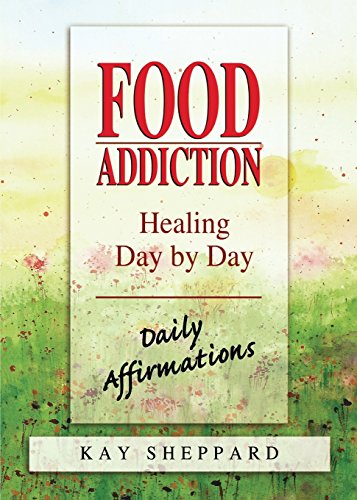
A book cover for Food Addiction: Healing Day by Day: Daily Affirmations; Kay Sheppard; Self-Help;